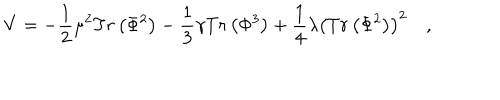
LaTeX: V = - \frac { 1 } { 2 } \mu ^ { 2 } T r \left( \Phi ^ { 2 } \right) - \frac { 1 } { 3 } \gamma T r \left( \Phi ^ { 3 } \right) + \frac { 1 } { 4 } \lambda \left( T r \left( \Phi ^ { 2 } \right) \right) ^ { 2 } \quad ,